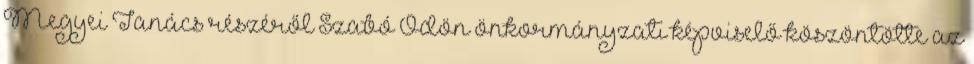
Megyei Tanács részéről Szabó Ödön önkormányzati képviselő köszöntötte az